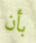
بأن